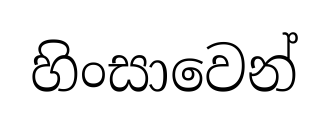
හිංසාවෙන්